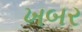
ખબર